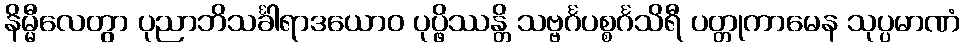
နိမ္မီလေတွာ ပုညာဘိသင်္ခါရာဒယောဝ ပုပ္ဖိဿန္တိ သဗ္ဗင်္ဂပစ္စင်္ဂသိရီ ပတ္တုကာမေန သုပ္ပမာဏံ